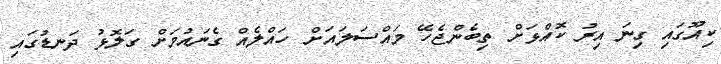
ކިއޫގައި ގިނަ އިރު ކޮއްޅަށް ތިބެންޖެހޭ މައްސަލައަށް ހައްލެއް ގެނައުމަށް ގަލޮޅު ދަނޑުގައި